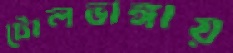
টোলভাঙ্গায়